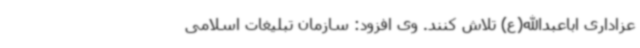
عزاداری اباعبدالله(ع) تلاش کنند. وی افزود: سازمان تبلیغات اسلامی